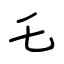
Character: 乇